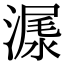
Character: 𣻨